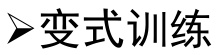
\text{✈}变式训练